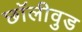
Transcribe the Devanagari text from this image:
छॉलीवुड